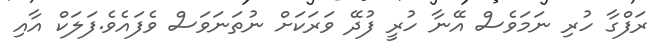
ރަފްގާ ހުރި ނަމަވެސް އޭނާ ހުރީ ފުދޭ ވަރަކަށް ނުތަނަވަސް ވެފައެވެ.ފަލަކް އާއި